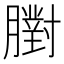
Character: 𦡷